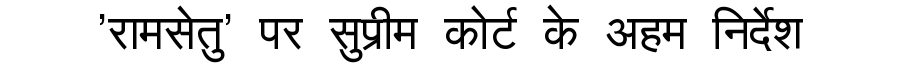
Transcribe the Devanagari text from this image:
'रामसेतु' पर सुप्रीम कोर्ट के अहम निर्देश